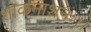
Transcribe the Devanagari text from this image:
शोकनाशनः।।